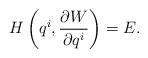
LaTeX: \begin{align*} H\left({q}^i,\frac{\partial W}{\partial {q}^i}\right)=E.\end{align*}